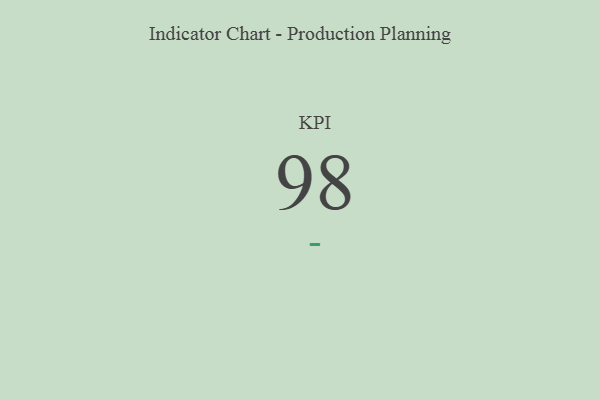
{"axis": {"x": "KPI", "y": "Value"}, "legend": [""], "data": [{"x": "KPI", "y": 98, "type": ""}]}